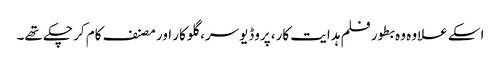
اسکے علاوہ وہ بطور فلم ہدایت کار، پروڈیوسر، گلوکار اور مصنف کام کر چکے تھے۔